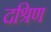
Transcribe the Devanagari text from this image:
दश्रिण